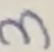
Text: 3